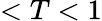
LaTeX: <T<1